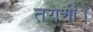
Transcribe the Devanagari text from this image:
तराशी।